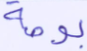
بوصة